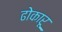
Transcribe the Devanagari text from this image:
ढोकारू